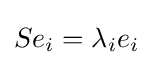
\displaystyle {Se_{i}=\lambda _{i}e_{i}}